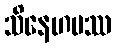
သိနေဟမဿ